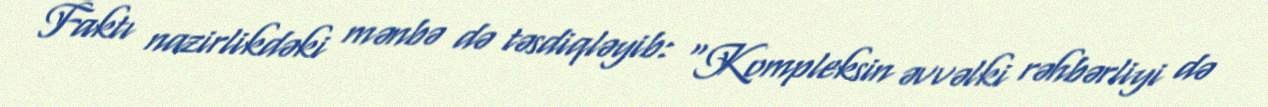
Faktı nazirlikdəki mənbə də təsdiqləyib: "Kompleksin əvvəlki rəhbərliyi də